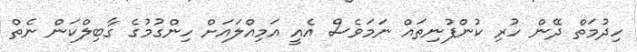
ހިދުމަތް ދޭން ހުރި ކުންފުނިތައް ނަމަވެސް އެއީ އަމިއްލައަށް ހިންގުމުގެ ގާބިލްކަން ނެތް